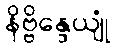
နိဗ္ဗိန္ဒေယျုံ